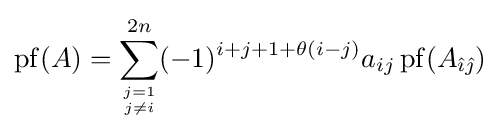
\operatorname {pf} (A)=\sum _{{j=1} \atop {j\neq i}}^{2n}(-1)^{i+j+1+\theta (i-j)}a_{ij}\operatorname {pf} (A_{{\hat {\imath }}{\hat {\jmath }}})